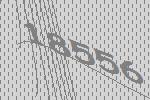
18556